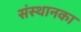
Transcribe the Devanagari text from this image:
संस्थानका